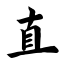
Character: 直